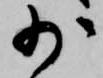
少